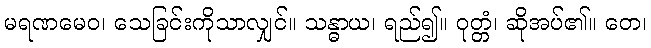
မရဏမေဝ၊ သေခြင်းကိုသာလျှင်။ သန္ဓာယ၊ ရည်၍။ ဝုတ္တံ၊ ဆိုအပ်၏။ တေ၊